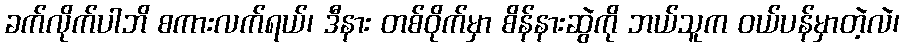
ခက်လိုက်ပါဘိ စကားလက်ရယ်၊ ဒီနား တစ်ဝိုက်မှာ စိန်နားဆွဲကို ဘယ်သူက ဝယ်ပန်မှာတဲ့လဲ၊